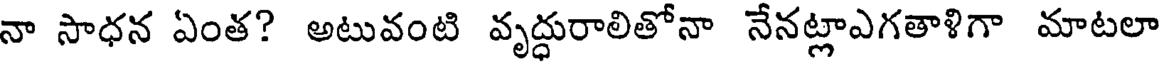
నా సాధన ఏంత? అటువంటి వృద్ధురాలితోనా నేనట్లాఎగతాళిగా మాటలా